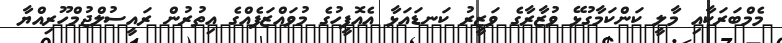
މެމްބަރަކާއި މާލީ ކަންކަމާގުޅޭ ވުޒާރާގެ ވަޒީރު ކަނޑައަޅާ އެއޮފީހުގެ މުވައްޒަފެއްގެ އިތުރުން ރައީސުލްޖުމްހޫރިއްޔާ